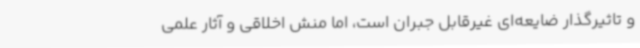
و تاثیرگذار ضایعه‌ای غیرقابل جبران است، اما منش اخلاقی و آثار علمی